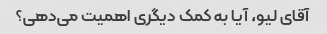
آقای لیو، آیا به کمک دیگری اهمیت می‌دهی؟